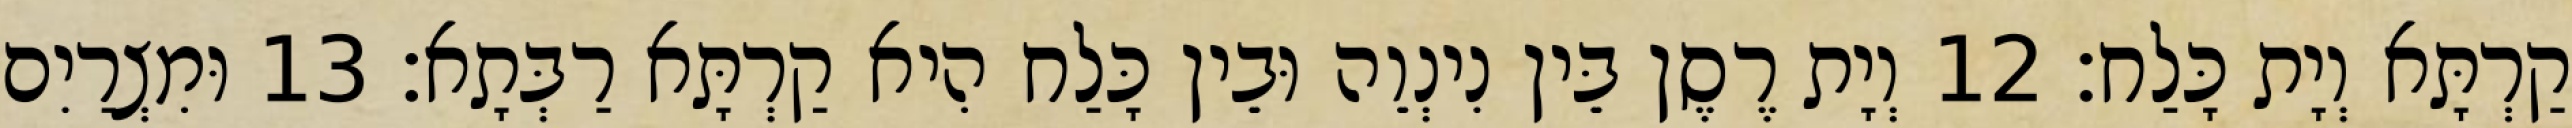
קַרְתָּא וְיָת כָּלַח׃ 12 וְיָת רֶסֶן בֵּין נִינְוֵה וּבֵין כָּלַח הִיא קַרְתָּא רַבְּתָא׃ 13 וּמִצְרַיִם